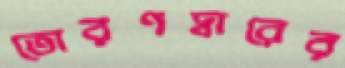
তোরণদ্বারের